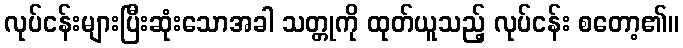
လုပ်ငန်းများပြီးဆုံးသောအခါ သတ္တုကို ထုတ်ယူသည့် လုပ်ငန်း စတော့၏။